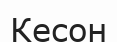
Кесон